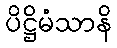
ပိဋ္ဌိမံသာနိ